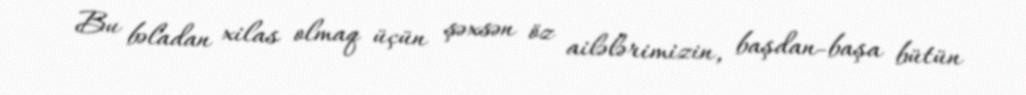
Bu bəladan xilas olmaq üçün şəxsən öz ailələrimizin, başdan-başa bütün